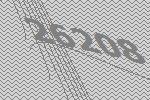
26208